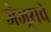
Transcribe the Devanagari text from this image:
जेजूसचे